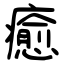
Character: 癒